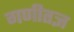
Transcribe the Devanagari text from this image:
गणीतज्ञ